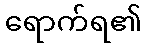
ရောက်ရ၏